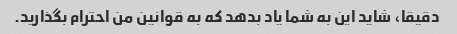
دقیقا، شاید این به شما یاد بدهد که به قوانین من احترام بگذارید.